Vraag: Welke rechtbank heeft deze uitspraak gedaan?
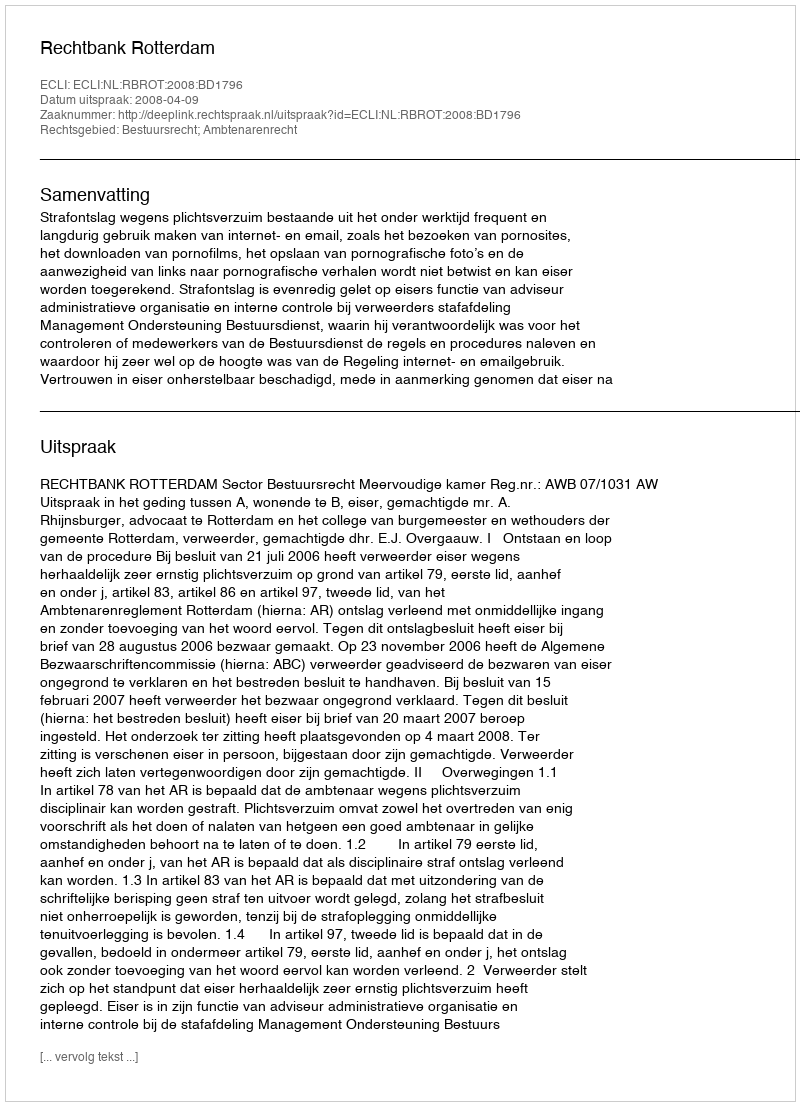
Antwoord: Rechtbank Rotterdam